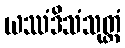
ယဿံဒိသံသုတ္တံ